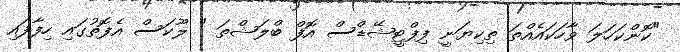
"ކޮންކަހަލަ ވާހަކައެއްތަ ތިކިޔަނީ ފިފްޓީޝޭޑްސް އޮފް ބްލަޝްތަ " ލޫކަސް އެފޮތުގައި ހިފާފައި